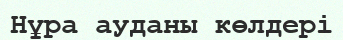
Нұра ауданы көлдері